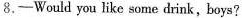
8,-Would you like some drink,boys?